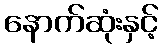
နောက်ဆုံးနှင့်